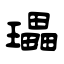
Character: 瓃